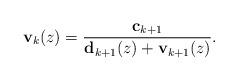
LaTeX: \begin{align*}\mathbf{v}_{k}(z)=\frac{\mathbf{c}_{k+1}}{\mathbf{d}_{k+1}(z)+\mathbf{v}_{k+1}(z)}.\end{align*}